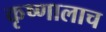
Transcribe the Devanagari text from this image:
कृष्णालाच